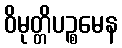
ဝိမုတ္တိပဉ္စမေန